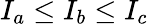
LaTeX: I_{a}\leq I_{b}\leq I_{c}